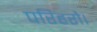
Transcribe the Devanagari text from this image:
परिहरौ।